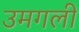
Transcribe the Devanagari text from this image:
उमगली